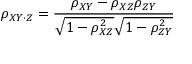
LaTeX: \rho _ { X Y \cdot Z } = { \frac { \rho _ { X Y } - \rho _ { X Z } \rho _ { Z Y } } { { \sqrt { 1 - \rho _ { X Z } ^ { 2 } } } { \sqrt { 1 - \rho _ { Z Y } ^ { 2 } } } } }